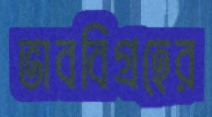
ভাববিগ্রহের